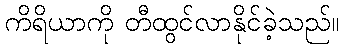
ကိရိယာကို တီထွင်လာနိုင်ခဲ့သည်။